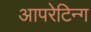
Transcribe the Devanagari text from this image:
आपरेटिन्ग